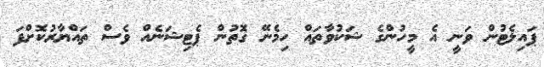
ޕައިލެޓުން ވަނީ އެ މީހުންގެ ޝަކުވާތައް ހިމެނޭ ގޮތުން ޕެޓިޝަނެއް ވެސް ތައްޔާރުކޮށްފަ